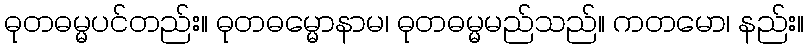
ဓုတဓမ္မပင်တည်း။ ဓုတဓမ္မောနာမ၊ ဓုတဓမ္မမည်သည်။ ကတမော၊ နည်း။